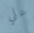
علي